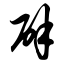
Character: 辟